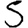
Digit: 5